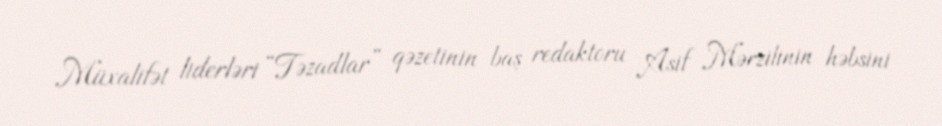
Müxalifət liderləri “Təzadlar” qəzetinin baş redaktoru Asif Mərzilinin həbsini